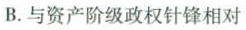
B.与资产阶级政权针锋相对